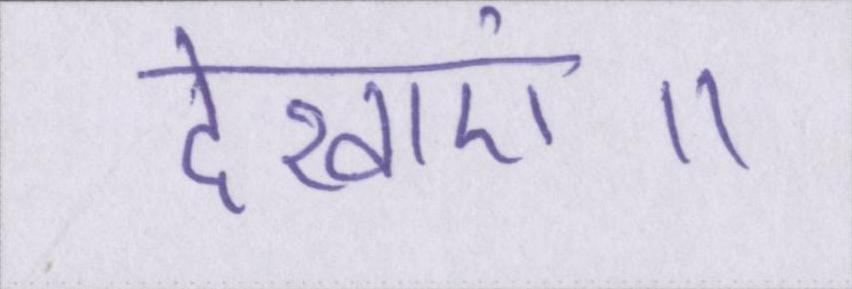
देखाएं॥